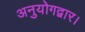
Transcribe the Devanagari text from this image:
अनुयोगद्वार।